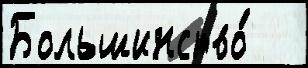
Большинство́